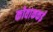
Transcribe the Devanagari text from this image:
कोवाककई